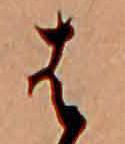
は